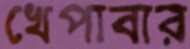
খেপাবার